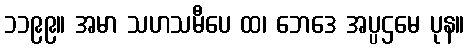
၁၁၉၉။ အမာ သဟသမီပေ ထ၊ ဘေဒေ အပ္ပဌမေ ပုန။